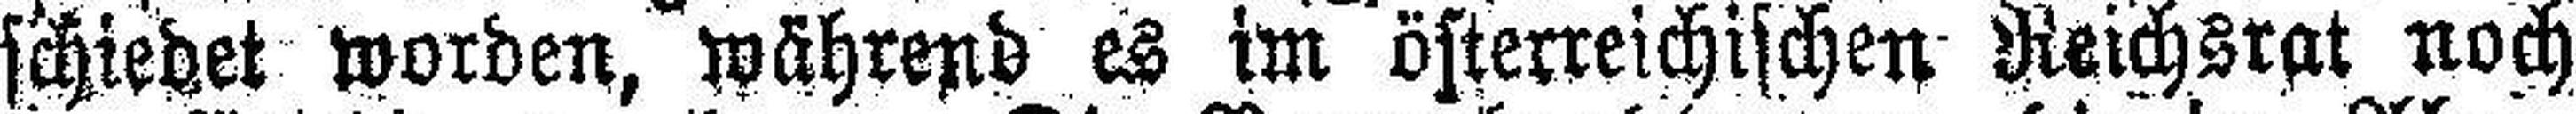
schiedet worden, während es im österreichischen Reichsrat noch